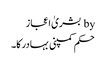
by بشریٰ اعجاز
حکم کمپنی بہادر کا۔